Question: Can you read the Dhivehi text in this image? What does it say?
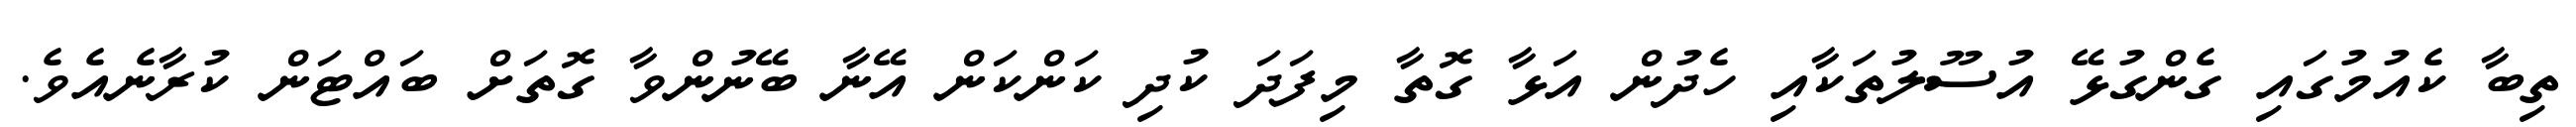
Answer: ތިބާ ކެއުމުގައި ގެންގުޅޭ އުސޫލުތަކާއި ހެދުން އަޅާ ގޮތާ މިފަދަ ކުދި ކަންކަން އޭނާ ބޭނުންވާ ގޮތަށް ބައްޓަން ކުރާނެއެވެ.